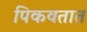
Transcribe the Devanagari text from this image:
पिकवतात